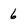
Character: 6